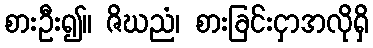
စားဦး၍။ ဇိဃညံ၊ စားခြင်းငှာအလိုရှိ